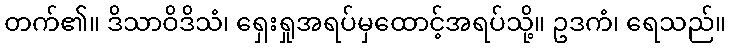
တက်၏။ ဒိသာဝိဒိသံ၊ ရှေးရှုအရပ်မှထောင့်အရပ်သို့။ ဥဒကံ၊ ရေသည်။